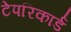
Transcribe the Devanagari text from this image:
टेपरिकार्ड